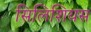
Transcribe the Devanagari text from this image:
सिलिशियस